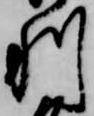
利